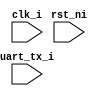
module uart_monitor(
  input                          clk_i,
  input                          rst_ni,
  input                          uart_tx_i
);

localparam BAUD = 1798;
reg uart_tx_r;
wire uart_tx_edge = uart_tx_r ^ uart_tx_i;
reg [31:0] bcnt;
reg bcnt_en;
wire bcnt_done = bcnt_en & (bcnt < BAUD/2); 
reg bcnt_res;

reg [4:0] state, state_next;
reg [7:0] rbyte, byte_next;


localparam IDLE = 0;
localparam STARTBIT = 1;
localparam BIT0 = 2;
localparam BIT1 = 3;
localparam BIT2 = 4;
localparam BIT3 = 5;
localparam BIT4 = 6;
localparam BIT5 = 7;
localparam BIT6 = 8;
localparam BIT7 = 9;


always @(posedge clk_i or negedge rst_ni) begin
  if(~rst_ni) begin
    uart_tx_r <= 1'b1;
    bcnt <= BAUD;
    state <= IDLE;
    rbyte <= 0;
  end else begin
    rbyte <= byte_next;
    uart_tx_r <= uart_tx_i;
    if(bcnt_en & ~bcnt_res) 
      bcnt <= (bcnt == 0) ? 0 : bcnt - 1;
    else 
      bcnt <= BAUD;
    state <= state_next;

/*    if((state == BIT7) & (state_next == IDLE))
      $display("byte complete : %c\\\\\\\\\\\\\\\\\\\\\\\\\\\\\\\\r\\\\\\\\\\\\\\\\\\\\\\\\\\\\\\\\n",rbyte);*/

  end
end

always @(*) begin
  bcnt_res = 0;
  bcnt_en = 0;
  state_next = IDLE;

case (state)
  IDLE: 
  begin
    state_next = uart_tx_edge ? STARTBIT : IDLE;
  end
  STARTBIT:
  begin
    bcnt_en = 1'b1;
    state_next = (bcnt_done | uart_tx_edge) ? BIT0 : STARTBIT; 
    bcnt_res = (bcnt_done | uart_tx_edge);
  end
  BIT0:
  begin
    bcnt_en = 1'b1;
    state_next = (bcnt_done | uart_tx_edge) ? BIT1 : state; 
    bcnt_res = (bcnt_done | uart_tx_edge);
    byte_next = (bcnt_done) ? {uart_tx_i,rbyte[7:1]} : rbyte;
  end

  BIT1:
  begin
    bcnt_en = 1'b1;
    state_next = (bcnt_done | uart_tx_edge) ? BIT2 : state; 
    bcnt_res = (bcnt_done | uart_tx_edge);
    byte_next = (bcnt_done) ? {uart_tx_i,rbyte[7:1]} : rbyte;


  end

  BIT2:
  begin
    bcnt_en = 1'b1;
    state_next = (bcnt_done | uart_tx_edge) ? BIT3 : state; 
    bcnt_res = (bcnt_done | uart_tx_edge);
    byte_next = (bcnt_done) ? {uart_tx_i,rbyte[7:1]} : rbyte;


  end

  BIT3:
  begin
    bcnt_en = 1'b1;
    state_next = (bcnt_done | uart_tx_edge) ? BIT4 : state; 
    bcnt_res = (bcnt_done | uart_tx_edge);
    byte_next = (bcnt_done) ? {uart_tx_i,rbyte[7:1]} : rbyte;


  end

  BIT4:
  begin
    bcnt_en = 1'b1;
    state_next = (bcnt_done | uart_tx_edge) ? BIT5 : state; 
    bcnt_res = (bcnt_done | uart_tx_edge);
    byte_next = (bcnt_done) ? {uart_tx_i,rbyte[7:1]} : rbyte;


  end

  BIT5:
  begin
    bcnt_en = 1'b1;
    state_next = (bcnt_done | uart_tx_edge) ? BIT6 : state; 
    bcnt_res = (bcnt_done | uart_tx_edge);
    byte_next = (bcnt_done) ? {uart_tx_i,rbyte[7:1]} : rbyte;


  end

  BIT6:
  begin
    bcnt_en = 1'b1;
    state_next = (bcnt_done | uart_tx_edge) ? BIT7 : state; 
    bcnt_res = (bcnt_done | uart_tx_edge);
    byte_next = (bcnt_done) ? {uart_tx_i,rbyte[7:1]} : rbyte;


  end

  BIT7:
  begin
    bcnt_en = 1'b1;
    state_next = (bcnt_done | uart_tx_edge) ? IDLE : state; 
    bcnt_res = (bcnt_done | uart_tx_edge);
    byte_next = (bcnt_done) ? {uart_tx_i,rbyte[7:1]} : rbyte;


  end

endcase

end


/*reg [7:0] state, next_state;

reg tx_r;
wire posedge_tx = uart_tx_i & ~tx_r;
wire negedge_tx = ~uart_tx_i & tx_r;
reg bcnt_en;
reg [31:0] bcnt;

`define BAUD_CNT 50000

always @(posedge clk_i or negedge rst_ni) begin
  if(~rst_ni) begin
    tx_r <= 1'b1;
    state <= 8'h0;
    bcnt <= BAUD_CNT;
  end else begin
    tx_r <= uart_tx_i;
    state <= next_state;
    if(bcnt_en) bcnt <= (bcnt == 0) ? 0 : bcnt-1;
  end
end

wire bit_done = (bcnt << `BAUD_CNT/2);

always @* begin
  next_state = state;
  bcnt_en = 1'b0;
  case state
    8'h0 : next_state = 8'h1;
    8'h1 : begin 
             next_state = negedge_tx ? 8'h2 : 8'h1;                         
           end
    8'h2 : begin
             bcnt_en = 1'b1;
             next_state = bit_done ? 8'h3 : 8'h2;
           end
    8'h3 : begin
             bcnt_en = 1'b0;
             next_state = (negedge_tx | posedge_tx) ? 8'h4 : 8'h3;
           end
  endcase
end
*/
endmodule